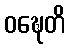
ဝဍ္ဎေတိ